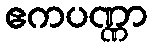
ဧကပဏ္ဏာ